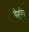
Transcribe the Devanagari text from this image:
चेहरे।